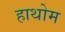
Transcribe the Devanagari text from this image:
हाथोम